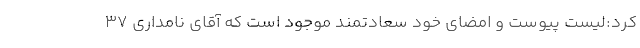
کرد:لیست پیوست و امضای خود سعادتمند موجود است که آقای نامداری 37